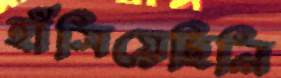
হাঁসিয়েছিলি